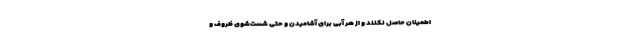
اطمینان حاصل نکنند و از هر آبی برای آشامیدن و حتی شست‌شوی ظروف و